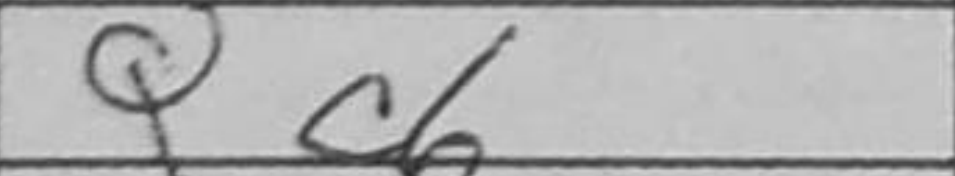
Transcription: Qc6